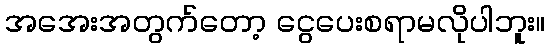
အအေးအတွက်တော့ ငွေပေးစရာမလိုပါဘူး။